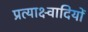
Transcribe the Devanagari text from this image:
प्रत्याक्ष्वादियों